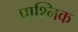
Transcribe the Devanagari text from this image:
प्राश्निक